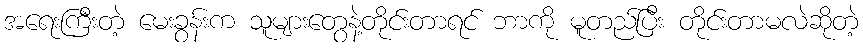
အရေးကြီးတဲ့ မေးခွန်းက သူများတွေနဲ့တိုင်းတာရင် ဘာကို မူတည်ပြီး တိုင်းတာမလဲဆိုတဲ့